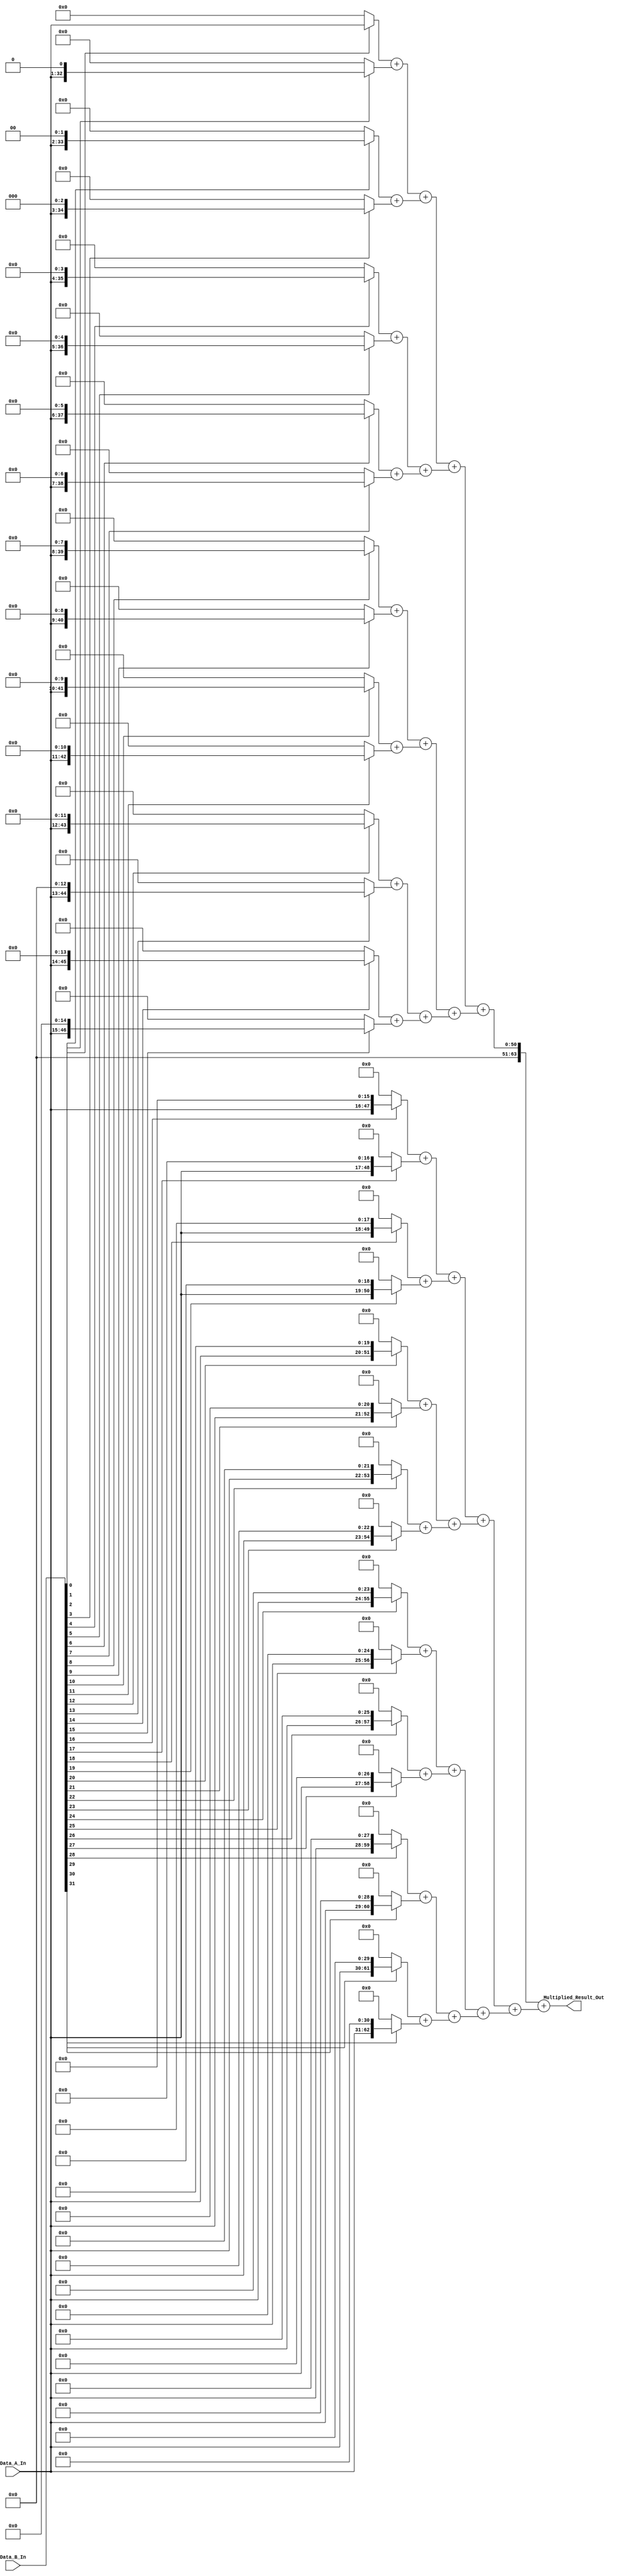
/*
**************************************************
            Multiplier - 32-Bit
**************************************************

This is a verilog code, to implement a 32-Bit Multiplier.

--------------------------------------------------
Author : Prasad Narayan Ghatol
--------------------------------------------------
*/



module Multiplier_32_Bit (
    input  [31:0] Data_A_In,
    input  [31:0] Data_B_In,

    output [63:0] Multiplied_Result_Out
);



// --------------------------------------------------
// wires and regs
// --------------------------------------------------
// Sub-Products
wire [63:0] Sub_Products [31:0];


// Additions
wire [63:0] Addition_0 [15:0];
wire [63:0] Addition_1 [7:0];
wire [63:0] Addition_2 [3:0];
wire [63:0] Addition_3 [1:0];
wire [63:0] Addition_4;



// --------------------------------------------------
// Sub-Products
// --------------------------------------------------
assign Sub_Products[0]  = Data_B_In[0]  ? (Data_A_In)       : 64'b0;
assign Sub_Products[1]  = Data_B_In[1]  ? (Data_A_In << 1)  : 64'b0;
assign Sub_Products[2]  = Data_B_In[2]  ? (Data_A_In << 2)  : 64'b0;
assign Sub_Products[3]  = Data_B_In[3]  ? (Data_A_In << 3)  : 64'b0;
assign Sub_Products[4]  = Data_B_In[4]  ? (Data_A_In << 4)  : 64'b0;
assign Sub_Products[5]  = Data_B_In[5]  ? (Data_A_In << 5)  : 64'b0;
assign Sub_Products[6]  = Data_B_In[6]  ? (Data_A_In << 6)  : 64'b0;
assign Sub_Products[7]  = Data_B_In[7]  ? (Data_A_In << 7)  : 64'b0;

assign Sub_Products[8]  = Data_B_In[8]  ? (Data_A_In << 8)  : 64'b0;
assign Sub_Products[9]  = Data_B_In[9]  ? (Data_A_In << 9)  : 64'b0;
assign Sub_Products[10] = Data_B_In[10] ? (Data_A_In << 10) : 64'b0;
assign Sub_Products[11] = Data_B_In[11] ? (Data_A_In << 11) : 64'b0;
assign Sub_Products[12] = Data_B_In[12] ? (Data_A_In << 12) : 64'b0;
assign Sub_Products[13] = Data_B_In[13] ? (Data_A_In << 13) : 64'b0;
assign Sub_Products[14] = Data_B_In[14] ? (Data_A_In << 14) : 64'b0;
assign Sub_Products[15] = Data_B_In[15] ? (Data_A_In << 15) : 64'b0;

assign Sub_Products[16] = Data_B_In[16] ? (Data_A_In << 16) : 64'b0;
assign Sub_Products[17] = Data_B_In[17] ? (Data_A_In << 17) : 64'b0;
assign Sub_Products[18] = Data_B_In[18] ? (Data_A_In << 18) : 64'b0;
assign Sub_Products[19] = Data_B_In[19] ? (Data_A_In << 19) : 64'b0;
assign Sub_Products[20] = Data_B_In[20] ? (Data_A_In << 20) : 64'b0;
assign Sub_Products[21] = Data_B_In[21] ? (Data_A_In << 21) : 64'b0;
assign Sub_Products[22] = Data_B_In[22] ? (Data_A_In << 22) : 64'b0;
assign Sub_Products[23] = Data_B_In[23] ? (Data_A_In << 23) : 64'b0;

assign Sub_Products[24] = Data_B_In[24] ? (Data_A_In << 24) : 64'b0;
assign Sub_Products[25] = Data_B_In[25] ? (Data_A_In << 25) : 64'b0;
assign Sub_Products[26] = Data_B_In[26] ? (Data_A_In << 26) : 64'b0;
assign Sub_Products[27] = Data_B_In[27] ? (Data_A_In << 27) : 64'b0;
assign Sub_Products[28] = Data_B_In[28] ? (Data_A_In << 28) : 64'b0;
assign Sub_Products[29] = Data_B_In[29] ? (Data_A_In << 29) : 64'b0;
assign Sub_Products[30] = Data_B_In[30] ? (Data_A_In << 30) : 64'b0;
assign Sub_Products[31] = Data_B_In[31] ? (Data_A_In << 31) : 64'b0;



//--------------------------------------------------
// Adders
// --------------------------------------------------
assign Addition_0[0]  = Sub_Products[0]  + Sub_Products[1];
assign Addition_0[1]  = Sub_Products[2]  + Sub_Products[3];
assign Addition_0[2]  = Sub_Products[4]  + Sub_Products[5];
assign Addition_0[3]  = Sub_Products[6]  + Sub_Products[7];
assign Addition_0[4]  = Sub_Products[8]  + Sub_Products[9];
assign Addition_0[5]  = Sub_Products[10] + Sub_Products[11];
assign Addition_0[6]  = Sub_Products[12] + Sub_Products[13];
assign Addition_0[7]  = Sub_Products[14] + Sub_Products[15];

assign Addition_0[8]  = Sub_Products[16] + Sub_Products[17];
assign Addition_0[9]  = Sub_Products[18] + Sub_Products[19];
assign Addition_0[10] = Sub_Products[20] + Sub_Products[21];
assign Addition_0[11] = Sub_Products[22] + Sub_Products[23];
assign Addition_0[12] = Sub_Products[24] + Sub_Products[25];
assign Addition_0[13] = Sub_Products[26] + Sub_Products[27];
assign Addition_0[14] = Sub_Products[28] + Sub_Products[29];
assign Addition_0[15] = Sub_Products[30] + Sub_Products[31];


assign Addition_1[0] = Addition_0[0]  + Addition_0[1];
assign Addition_1[1] = Addition_0[2]  + Addition_0[3];
assign Addition_1[2] = Addition_0[4]  + Addition_0[5];
assign Addition_1[3] = Addition_0[6]  + Addition_0[7];
assign Addition_1[4] = Addition_0[8]  + Addition_0[9];
assign Addition_1[5] = Addition_0[10] + Addition_0[11];
assign Addition_1[6] = Addition_0[12] + Addition_0[13];
assign Addition_1[7] = Addition_0[14] + Addition_0[15];


assign Addition_2[0] = Addition_1[0] + Addition_1[1];
assign Addition_2[1] = Addition_1[2] + Addition_1[3];
assign Addition_2[2] = Addition_1[4] + Addition_1[5];
assign Addition_2[3] = Addition_1[6] + Addition_1[7];


assign Addition_3[0] = Addition_2[0] + Addition_2[1];
assign Addition_3[1] = Addition_2[2] + Addition_2[3];


assign Addition_4 = Addition_3[0] + Addition_3[1];



// --------------------------------------------------
// Final Result
// --------------------------------------------------
assign Multiplied_Result_Out = Addition_4;



endmodule